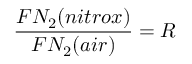
{ \frac { F N _ { 2 } ( n i t r o x ) } { F N _ { 2 } ( a i r ) } } = R